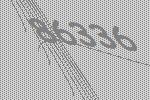
86336